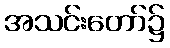
အသင်းတော်၌